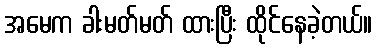
အမေက ခါးမတ်မတ် ထားပြီး ထိုင်နေခဲ့တယ်။